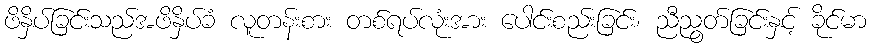
ဖိနှိပ်ခြင်းသည်အဖိနှိပ်ခံ လူတန်းစား တစ်ရပ်လုံးအား ပေါင်းစည်းခြင်း၊ ညီညွတ်ခြင်းနှင့် ခိုင်မာ